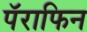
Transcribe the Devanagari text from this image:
पॅराफिन